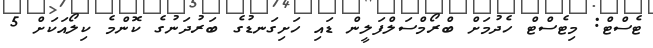
ޓެސްޓް: މިޓެސްޓް ހެދުމަށް ބްރޯމްސަލްފަލީން ޑައި ހަށިގަނޑުގެ ބަރުދަނުގެ ކޮންމެ ކިލޯއަކަށް 5